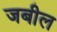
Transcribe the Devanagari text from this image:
जबील